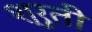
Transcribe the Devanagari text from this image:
श्रृती